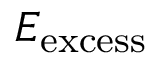
E _ { \mathrm { e x c e s s } }